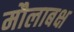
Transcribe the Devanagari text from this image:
मौलाबक्ष